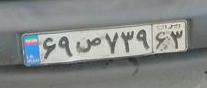
۶۹ص۷۳۹۶۳